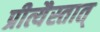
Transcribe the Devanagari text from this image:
प्रीत्यैस्तात्